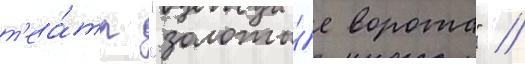
т'еа́тр "золоты́е ворота" //